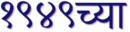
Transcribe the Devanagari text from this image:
१९४९च्या